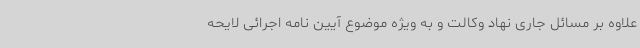
علاوه بر مسائل جاری نهاد وکالت و به ویژه موضوع آیین نامه اجرائی لایحه